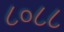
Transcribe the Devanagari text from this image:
८०८८